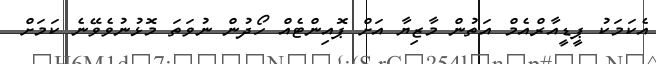
އެކަމަކު ޕީޑީއާރްއެމް އަތުން މާޒިޔާ އަށް ޕޮއިންޓެއް ހޯދުން ނުވަތަ މޮޅުނުވެވޭނެ ކަމަށް